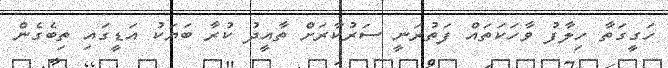
ހަގީގަތާ ހިލާފު ވާހަކަތައް ފަތުރަނީ ސަރުކާރަށް ތާއީދު ކުރާ ބަޔަކު އަޑީގައި ތިބެގެން